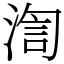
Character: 渹